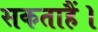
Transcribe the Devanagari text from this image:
सकताहैं।